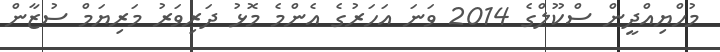
މުހްޔިއްދީން ސްކޫލްގެ 2014 ވަނަ އަހަރުގެ އެންމެ މޮޅު ދަރިވަރު މަރިޔަމް ސުޒާން